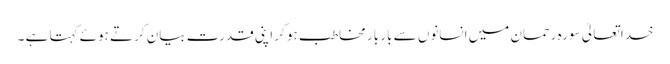
خدا تعالیٰ سورہ رحمان میں انسانوں سے بار بار مخاطب ہو کر اپنی قدرت بیان کرتے ہوئے کہتا ہے ۔